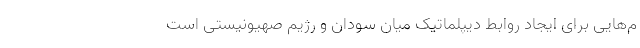
م‌هایی برای ایجاد روابط دیپلماتیک میان سودان و رژیم صهیونیستی است